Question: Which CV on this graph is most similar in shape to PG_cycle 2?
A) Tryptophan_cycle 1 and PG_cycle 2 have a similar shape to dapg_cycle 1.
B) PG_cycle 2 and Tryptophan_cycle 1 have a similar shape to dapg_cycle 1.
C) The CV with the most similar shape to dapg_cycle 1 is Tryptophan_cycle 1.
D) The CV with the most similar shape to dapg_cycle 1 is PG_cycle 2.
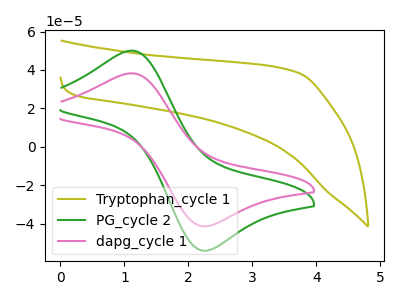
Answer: <think>The olive curve "Tryptophan_cycle 1" has no peaks. The green curve "PG_cycle 2" has an anodic peak at (1.10V, 50.05uA) and a cathodic peak at (2.30V, -54.00uA). The pink curve "dapg_cycle 1" has an anodic peak at (1.10V, 38.25uA) and a cathodic peak at (2.30V, -41.30uA).
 "Tryptophan_cycle 1" and "PG_cycle 2" have a different number of peaks. "Tryptophan_cycle 1" and "dapg_cycle 1" have a different number of peaks. All the peaks in "PG_cycle 2" have a peak in "dapg_cycle 1" at the same potential. Every peak in "PG_cycle 2" is higher than every peak in "dapg_cycle 1".</think>
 <answer>D) The CV with the most similar shape to "dapg_cycle 1" is "PG_cycle 2".</answer>
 <eval>D</eval>